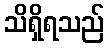
သိရှိရသည်